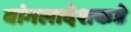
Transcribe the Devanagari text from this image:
बांगलादेशकडे